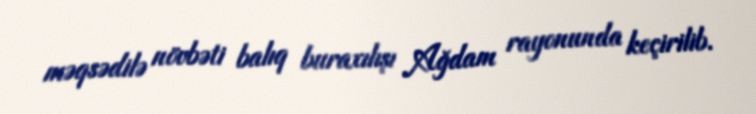
məqsədilə növbəti balıq buraxılışı Ağdam rayonunda keçirilib.